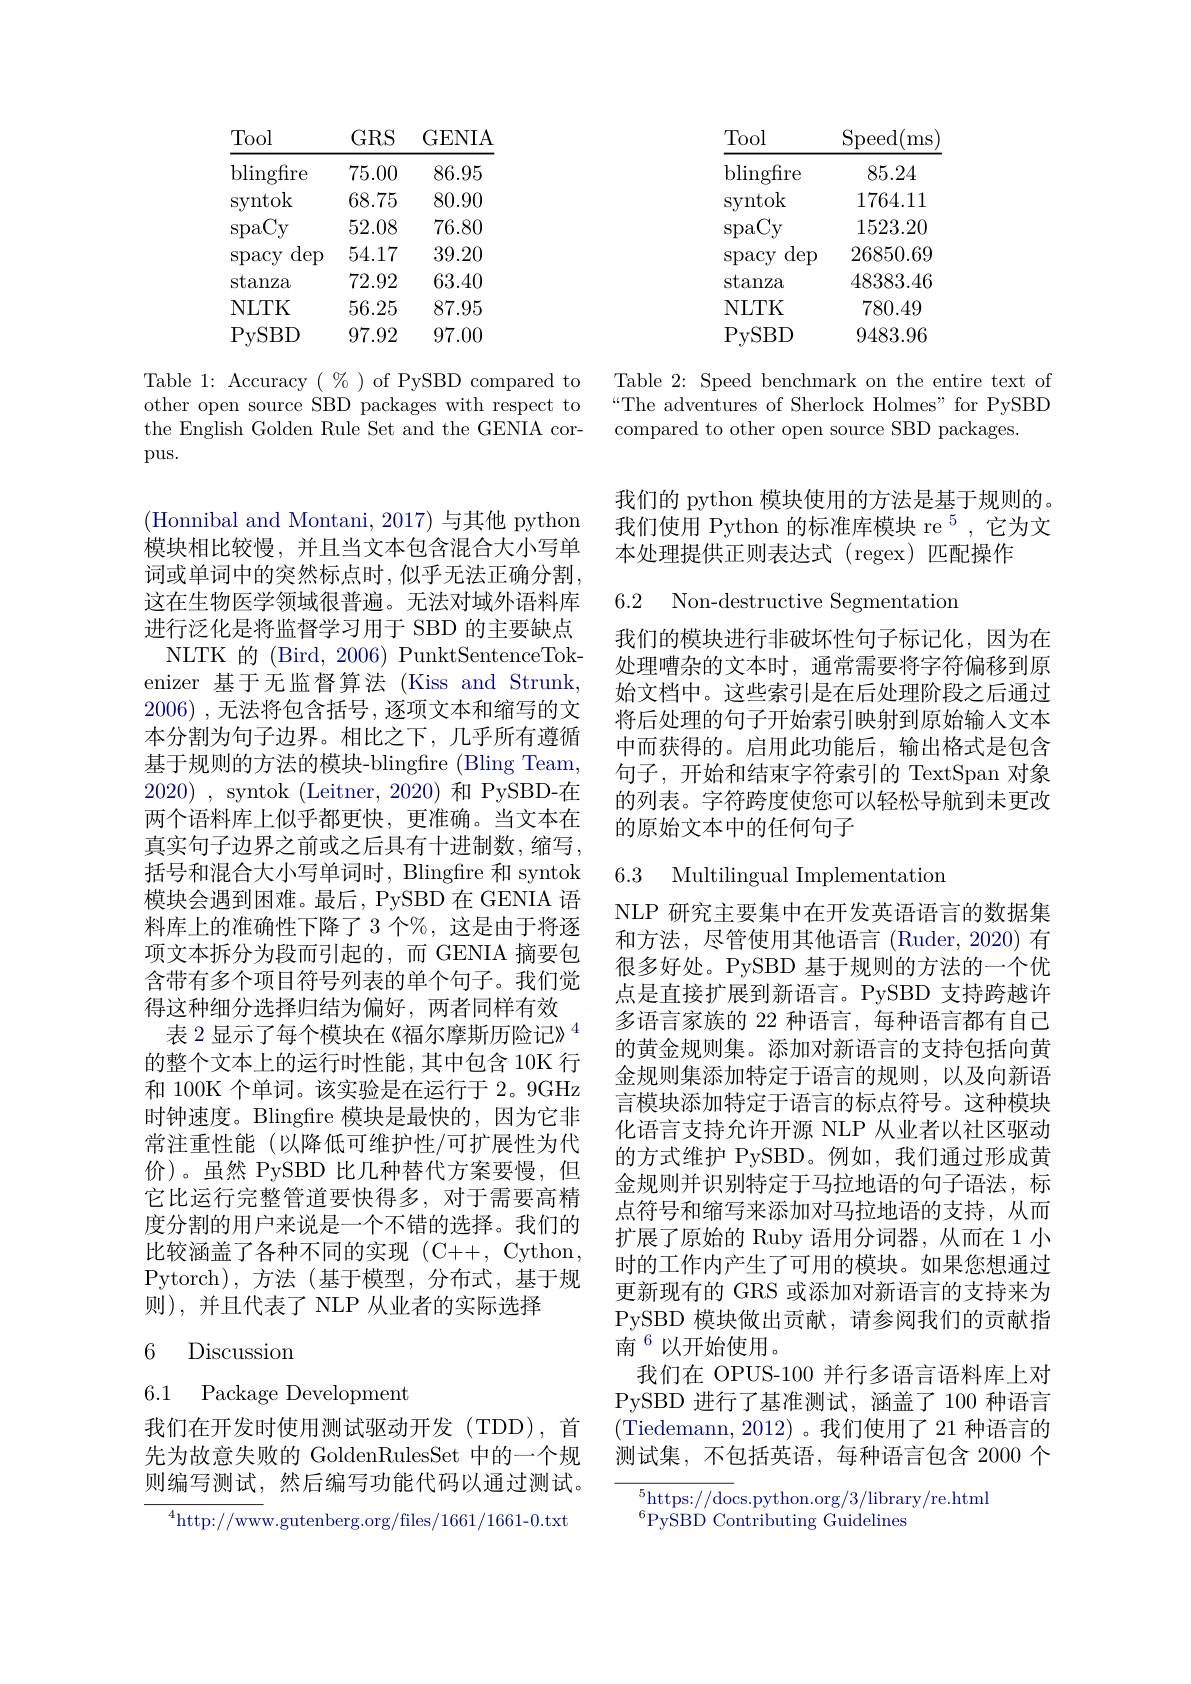
<table>
	<tbody>
		<tr>
			<th>Tool</th>
			<th>$\operatorname{Speed}($r ms</th>
		</tr>
		<tr>
			<td>$\operatorname{blingfire}$</td>
			<td>85.24</td>
		</tr>
		<tr>
			<td>SVntok</td>
			<td>1764.11</td>
		</tr>
		<tr>
			<td>$\operatorname{spaCy}$</td>
			<td>1523.20</td>
		</tr>
		<tr>
			<td>$\operatorname{dep}$ $\operatorname{spacy}$</td>
			<td>26850.69</td>
		</tr>
		<tr>
			<td>stanza</td>
			<td>48383.46</td>
		</tr>
		<tr>
			<td>NLTK</td>
			<td>780.49</td>
		</tr>
		<tr>
			<td>PySBD</td>
			<td>9483.96</td>
		</tr>
	</tbody>
</table>

Table 2: Speed benchmark on the entire text of “The adventures of Sherlock Holmes" for PySBD compared to other open source SBD packages.

<table>
	<tbody>
		<tr>
			<th>Tool</th>
			<th>$GRS$</th>
			<th>$\mathrm{GENI}_{\Delta}$</th>
		</tr>
		<tr>
			<td>$\operatorname{blingfire}$</td>
			<td>75.00</td>
			<td>86.95</td>
		</tr>
		<tr>
			<td>SVntok</td>
			<td>68.75</td>
			<td>80.90</td>
		</tr>
		<tr>
			<td>$\operatorname{spaCy}$</td>
			<td>52.08</td>
			<td>76.80</td>
		</tr>
		<tr>
			<td>$\operatorname{dep}$ $\operatorname{spacy}$</td>
			<td>54.17</td>
			<td>39.20</td>
		</tr>
		<tr>
			<td>stanza</td>
			<td>72.92</td>
			<td>63.40</td>
		</tr>
		<tr>
			<td>NLTK</td>
			<td>56.25</td>
			<td>87.95</td>
		</tr>
		<tr>
			<td>$\mathrm{P}_{\mathrm{VSBD}}$</td>
			<td> </td>
			<td> </td>
		</tr>
	</tbody>
</table>

Table 1: Accuracy $(\begin{array}{c}\%\end{array})$ of PySBD compared to other open source SBD packages with respect to the English Golden Rule Set and the GENIA corpus.

(Honnibal and Montani, 2017)与其他 python 模块相比较慢，并且当文本包含混合大小写单词或单词中的突然标点时，似乎无法正确分割， 这在生物医学领域很普遍。无法对域外语料库进行泛化是将监督学习用于 SBD 的主要缺点NLTK 的 (Bird, 2006) PunktSentenceTokenizer 基于无监督算法 (Kiss and Strunk, 2006) , 无法将包含括号，逐项文本和缩写的文本分割为句子边界。相比之下，几乎所有遵循基于规则的方法的模块-blingfre (Bling Team, 2020) , syntok (Leitner,2020)和 PySBD-在两个语料库上似乎都更快，更准确。当文本在真实句子边界之前或之后具有十进制数，缩写， 括号和混合大小写单词时，Blingfire 和 syntok 模块会遇到困难。最后，PySBD 在 GENIA 语料库上的准确性下降了 3 个%, 这是由于将逐项文本拆分为段而引起的，而 GENIA 摘要包含带有多个项目符号列表的单个句子。我们觉得这种细分选择归结为偏好，两者同样有效
表 2 显示了每个模块在《福尔摩斯历险记》$^{4}$ 的整个文本上的运行时性能，其中包含 10K 行和 100K 个单词。该实验是在运行于 2。9GHz 时钟速度。Blingfire 模块是最快的，因为它非常注重性能(以降低可维护性/可扩展性为代价)。虽然 PySBD 比几种替代方案要慢，但它比运行完整管道要快得多，对于需要高精度分割的用户来说是一个不错的选择。我们的比较涵盖了各种不同的实现(C++,Cython, Pytorch),方法(基于模型，分布式，基于规则),并且代表了 NLP 从业者的实际选择
6 Discussion

6.1 Package Development

我们在开发时使用测试驱动开发(TDD),首先为故意失败的 GoldenRulesSet 中的一个规则编写测试，然后编写功能代码以通过测试。

${^{4}\mathrm{http://www.gutenberg.org/files/1661/1661-0.txt}}$

我们的 python 模块使用的方法是基于规则的。我们使用 Python 的标准库模块 re $^{5}$,它为文本处理提供正则表达式 (regex)匹配操作

6.2 Non-destructive Segmentation

我们的模块进行非破坏性句子标记化，因为在处理嘈杂的文本时，通常需要将字符偏移到原始文档中。这些索引是在后处理阶段之后通过将后处理的句子开始索引映射到原始输入文本中而获得的。启用此功能后，输出格式是包含句子，开始和结束字符索引的 TextSpan 对象的列表。字符跨度使您可以轻松导航到未更改的原始文本中的任何句子

## 6.3 Multilingual Implementatior

NLP 研究主要集中在开发英语语言的数据集和方法，尽管使用其他语言(Ruder,2020)有很多好处。PySBD 基于规则的方法的一个优点是直接扩展到新语言。PySBD 支持跨越许多语言家族的 22 种语言，每种语言都有自己的黄金规则集。添加对新语言的支持包括向黄金规则集添加特定于语言的规则，以及向新语言模块添加特定于语言的标点符号。这种模块化语言支持允许开源 NLP 从业者以社区驱动的方式维护 PySBD。例如，我们通过形成黄金规则并识别特定于马拉地语的句子语法，标点符号和缩写来添加对马拉地语的支持，从而扩展了原始的 Ruby 语用分词器，从而在 1 小时的工作内产生了可用的模块。如果您想通过更新现有的 GRS 或添加对新语言的支持来为PySBD 模块做出贡献，请参阅我们的贡献指南$^{6}$以开始使用。
我们在 OPUS-100 并行多语言语料库上对PySBD 进行了基准测试，涵盖了 100 种语言(Tiedemann, 2012)。我们使用了 21 种语言的测试集，不包括英语，每种语言包含 2000 个

$\overline{{^5\text{https:}//\text{docs.python.org}/3/\text{library/re.html}}}$

$^{6}$PySBD Contributing Guidelines